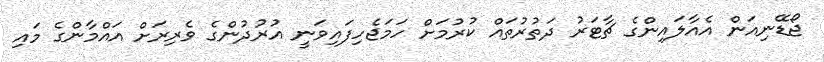
ޖޯޑޭނިއަން އެއާލައިންގެ ޗާޓަރު ދަތުރުތައް ކުރުމަށް ހަމަޖެހިފައިވަނީ އުރުދުންގެ ވެރިރަށް އައްމާންގެ މައި